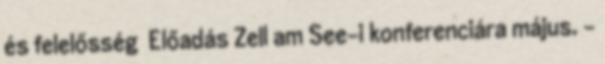
és felelősség Előadás Zell am See-i konferenciára május. -